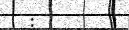
: